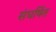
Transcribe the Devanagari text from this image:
संघर्षित